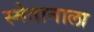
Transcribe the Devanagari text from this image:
स्मेतानाला